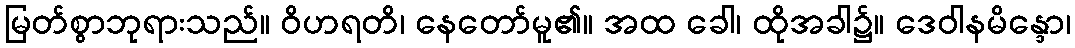
မြတ်စွာဘုရားသည်။ ဝိဟရတိ၊ နေတော်မူ၏။ အထ ခေါ၊ ထိုအခါ၌။ ဒေဝါနမိန္ဒော၊